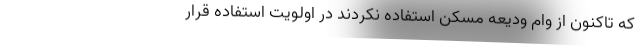
که تاکنون از وام ودیعه مسکن استفاده نکردند در اولویت استفاده قرار